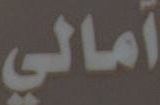
آمالي